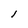
Character: l